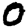
Digit: 0